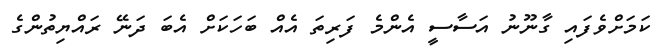
ކަމަށްވެފައި ގާނޫނު އަސާސީ އެންމެ ފަރިތަ އެއް ބަހަކަށް އެބަ ދަނޭ ރައްޔިތުންގެ